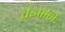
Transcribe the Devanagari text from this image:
वैज्ञानि